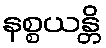
နစ္စယန္တိ